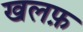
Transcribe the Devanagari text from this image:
खलफ़